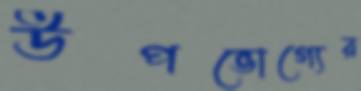
উপভোগ্যের